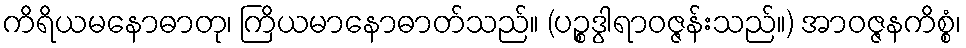
ကိရိယမနောဓာတု၊ ကြိယမာနောဓာတ်သည်။ (ပဉ္စဒွါရာဝဇ္ဇန်းသည်။) အာဝဇ္ဇနကိစ္စံ၊